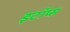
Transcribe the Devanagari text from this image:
इटॉप्स